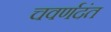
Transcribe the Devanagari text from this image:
चवर्णदंत